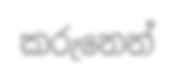
කරුනෙන්